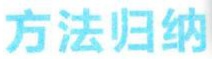
方法归纳